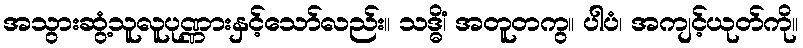
အသွားဆွံ့သူလူပုဏ္ဏားနှင့်သော်လည်း။ သဒ္ဓိံ၊ အတူတကွ။ ပါပံ၊ အကျင့်ယုတ်ကို။